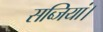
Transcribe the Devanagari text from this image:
सब्जियां।